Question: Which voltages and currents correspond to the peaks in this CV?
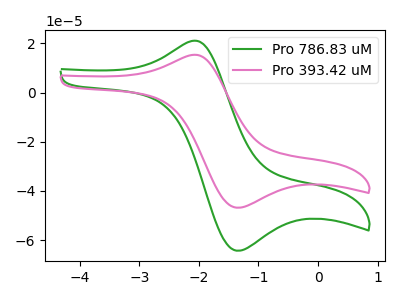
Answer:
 <answer>The green curve "Pro 786.83 uM" has an anodic peak at (-2.10V, 20.95uA) and a cathodic peak at (-1.35V, -64.35uA). The pink curve "Pro 393.42 uM" has an anodic peak at (-2.10V, 15.25uA) and a cathodic peak at (-1.35V, -46.85uA).</answer>
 <eval></eval>